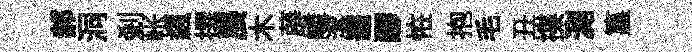
郝洞剎帐飆撰展木薜嶙潔罷醪恠抱毛丑揲測簋